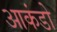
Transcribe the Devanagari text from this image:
आकंडो